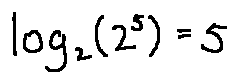
\log _ { 2 } ( 2 ^ { 5 } ) = 5